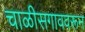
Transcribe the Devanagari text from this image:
चाळीसगाववरून